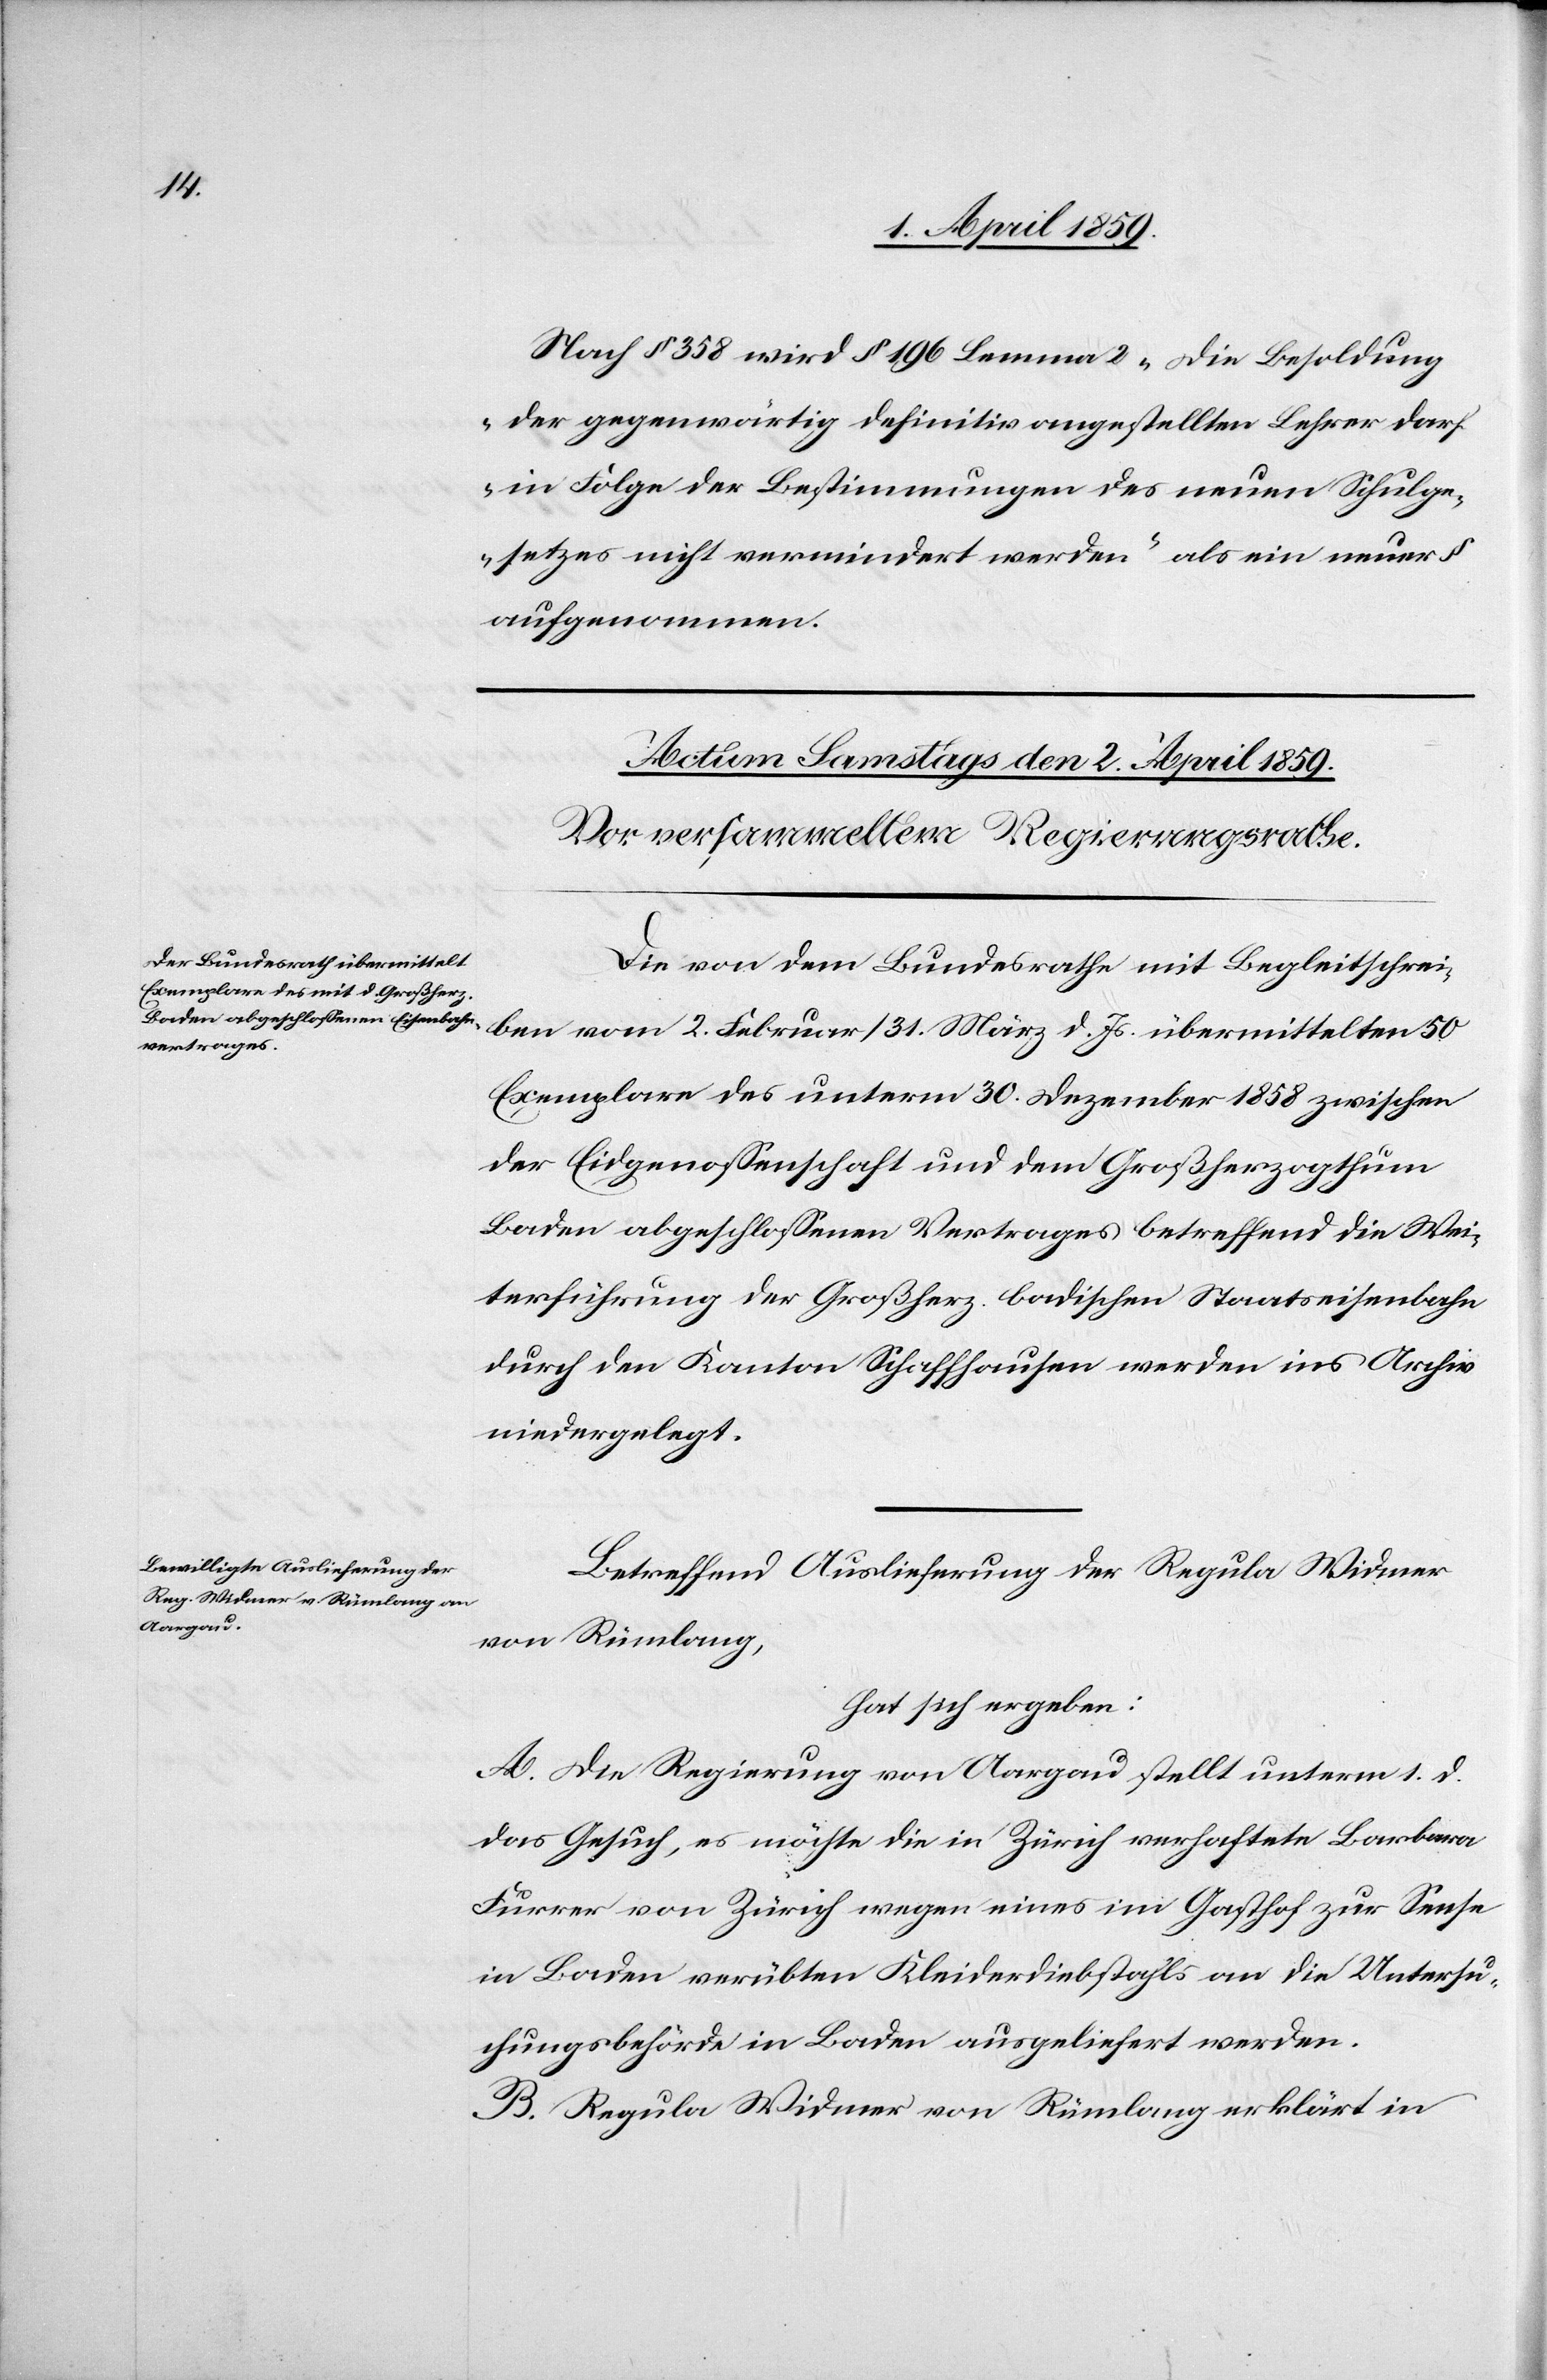
Nach § 358 wird § 196 Lemma 2 „die Besoldung
der gegenwärtig definitiv angestellten Lehrer darf
in Folge der Bestimmungen des neuen Schulge¬
setzes nicht vermindert werden“ als ein neuer §
aufgenommen.
Die von dem Bundesrathe mit Begleitschrei¬
ben vom 2. Februar/31. März d. Js. übermittelten 50
Exemplaren des unterm 30. Dezember 1858 zwischen
der Eidgenoßenschaft und dem Großherzogthum
Baden abgeschloßenen Vertrages betreffend die Wei¬
terführung der Großherz. badischen Staatseisenbahn
durch den Kanton Schaffhausen werden ins Archiv
niedergelegt.
Betreffend Auslieferung der Regula Widmer
von Rümlang,
hat sich ergeben:
A. Die Regierung von Aargau stellt unterm 1. d.
das Gesuch, es möchte die in Zürich verhaftete Barbara
Furrer von Zürich wegen eines im Gasthof zur Sense
in Baden verübten Kleiderdiebstahls an die Untersu¬
chungsbehörde in Baden ausgeliefert werden.
B. Regula Widmer von Rümlang erklärt in